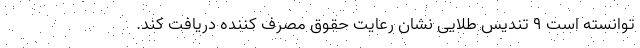
توانسته است ۹ تندیس طلایی نشان رعایت حقوق مصرف کننده دریافت کند.